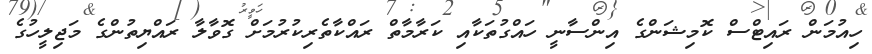
ހިއުމަން ރައިޓްސް ކޮމިޝަންގެ އިންސާނީ ހައްގުތަކާއި ކަރާމާތް ރައްކާތެރިކުރުމަށް ގޮވާލާ ރައްޔިތުންގެ މަޖިލީހުގެ